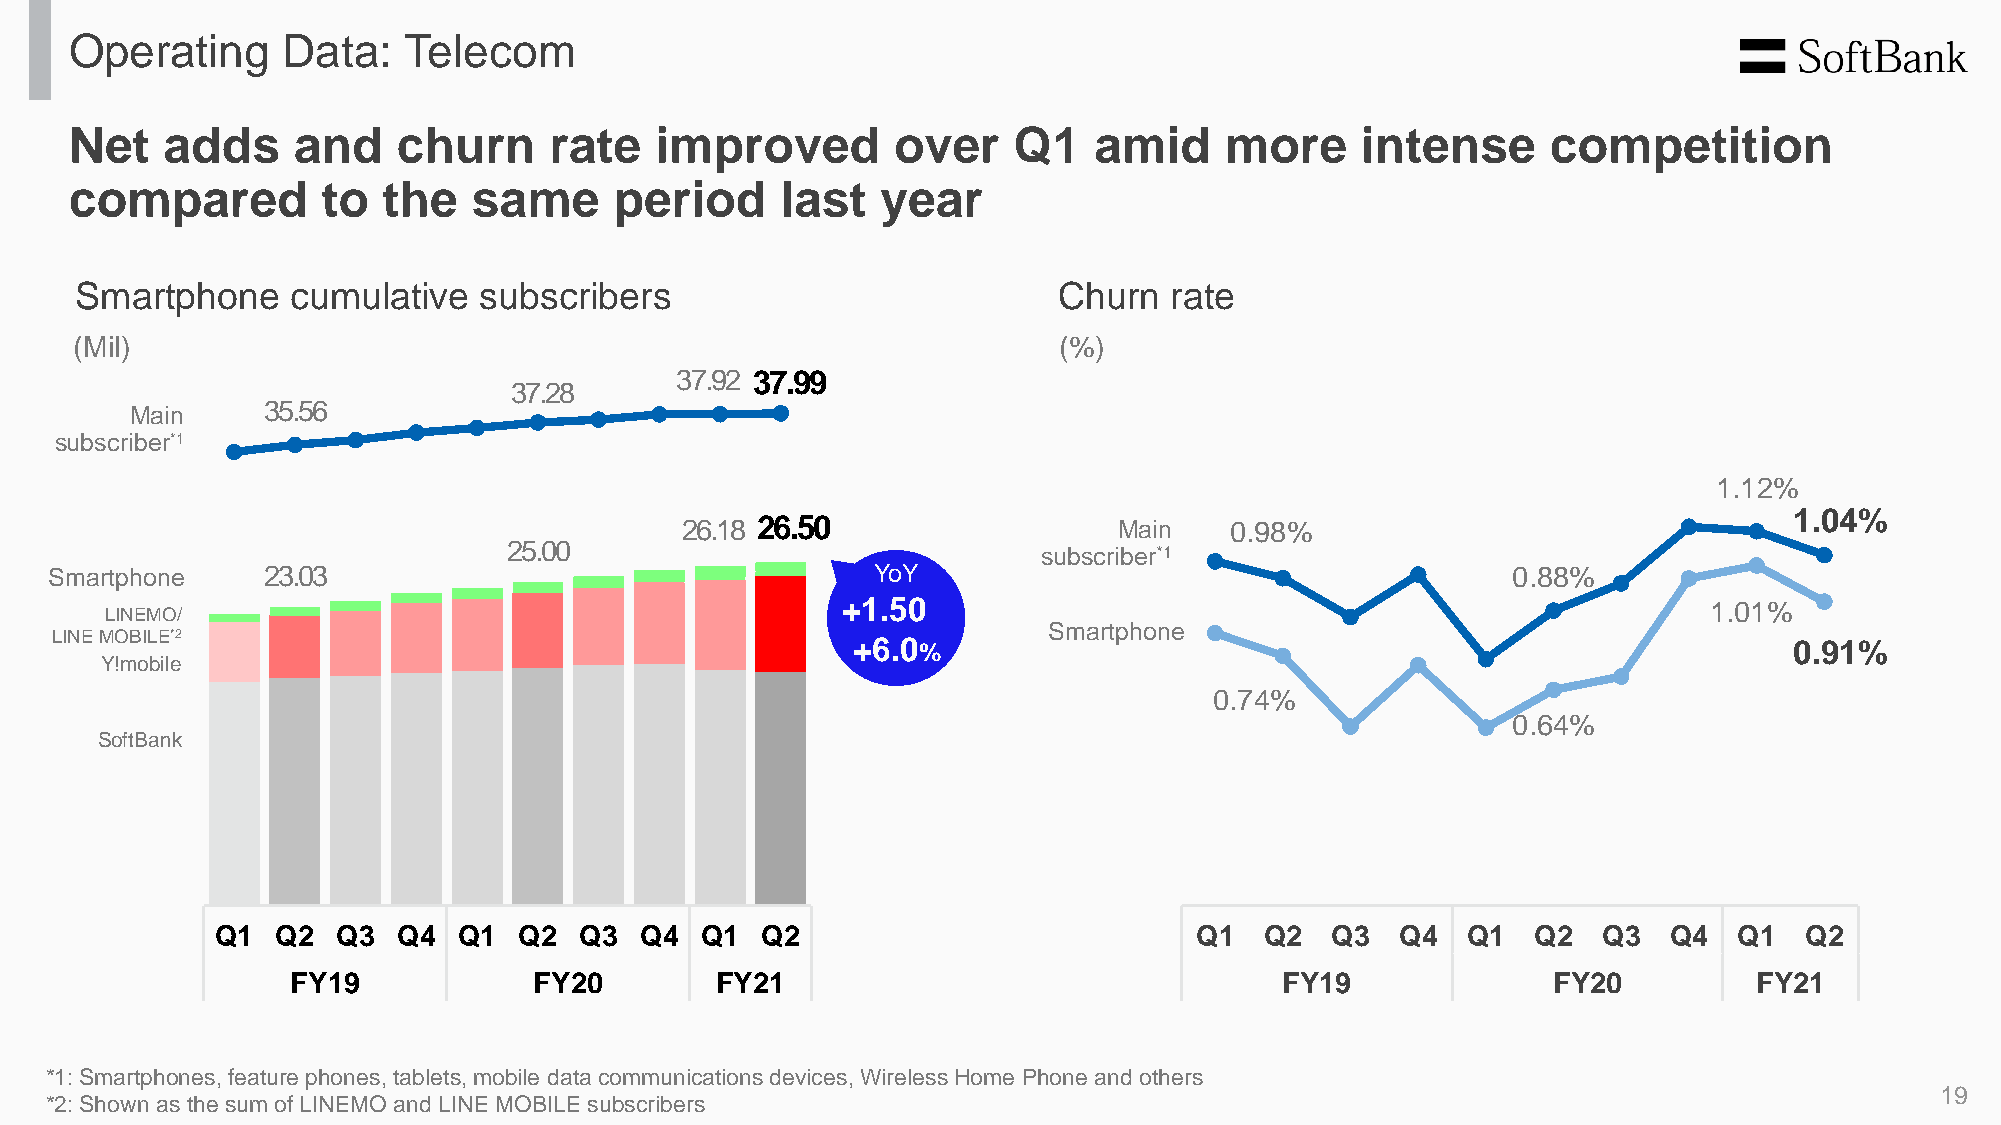
Operating     Data:   Telecom
 Net   adds    and    churn     rate   improved        over    Q1   amid     more     intense      competition
 compared        to  the   same      period     last  year
 Smartphone    cumulative   subscribers                           Churn  rate
 (Mil)                                                            (%)
 37.92 37.99
 37.28
 35.56
 Main
 subscriber*1
 1.12%
 1.04%
 26.18 26.50                  Main   0.98%
 25.00
 subscriber*1
 Smartphone    23.03                                    YoY                                       0.88%
 LINEMO/                                          +1.50 _                                                  1.01%
 Smartphone
 LINEMOBILE*2
 +6.0 %                                                         0.91%
 Y!mobile
 0.74%
 0.64%
 SoftBank
 Q1  Q2  Q3  Q4  Q1  Q2  Q3  Q4  Q1  Q2                           Q1   Q2  Q3   Q4  Q1   Q2  Q3  Q4   Q1  Q2
 FY19            FY20        FY21                                  FY19              FY20         FY21
 *1: Smartphones, feature phones, tablets, mobile data communications devices, Wireless Home Phone and others
 19
 *2: Shown as the sum of LINEMO and LINE MOBILE subscribers